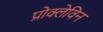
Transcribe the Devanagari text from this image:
प्रोक्लेविन